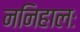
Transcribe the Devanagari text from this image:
ननिहालः